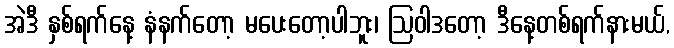
အဲဒီ နှစ်ရက်နေ့ နံနက်တော့ မပေးတော့ပါဘူး၊ ဩဝါဒတော့ ဒီနေ့တစ်ရက်နားမယ်,